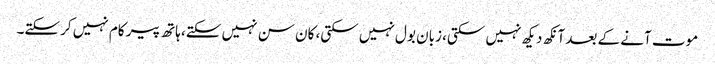
موت آنے کے بعد آنکھ دیکھ نہیں سکتی، زبان بول نہیں سکتی، کان سن نہیں سکتے، ہاتھ پیر کام نہیں کرسکتے۔